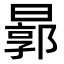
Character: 𣍉